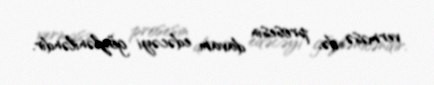
verməsə də, prosesin davam edəcəyi gözləniləndir.